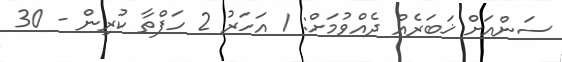
ސަންއަށް ޚަބަރެއް ދެއްވުމަށް: 1 އަހަރު 2 ހަފްތާ ކުރިން - 30